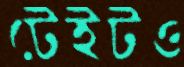
টেইটও